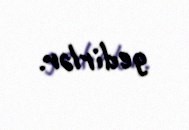
gedirlər.